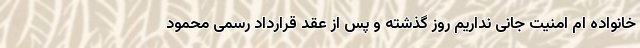
خانواده ام امنیت جانی نداریم روز گذشته و پس از عقد قرارداد رسمی محمود